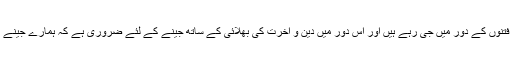
وحدت نیوز (آرٹیکل) ہم فتنوں کے دور میں جی رہے ہیں اور اس دور میں دین و آخرت کی بھلائی کے ساتھ جینے کے لئے ضروری ہے کہ ہمارے جینے کا طریقہ کار درست ہو۔